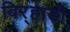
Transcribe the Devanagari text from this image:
बिर्‍हाडी